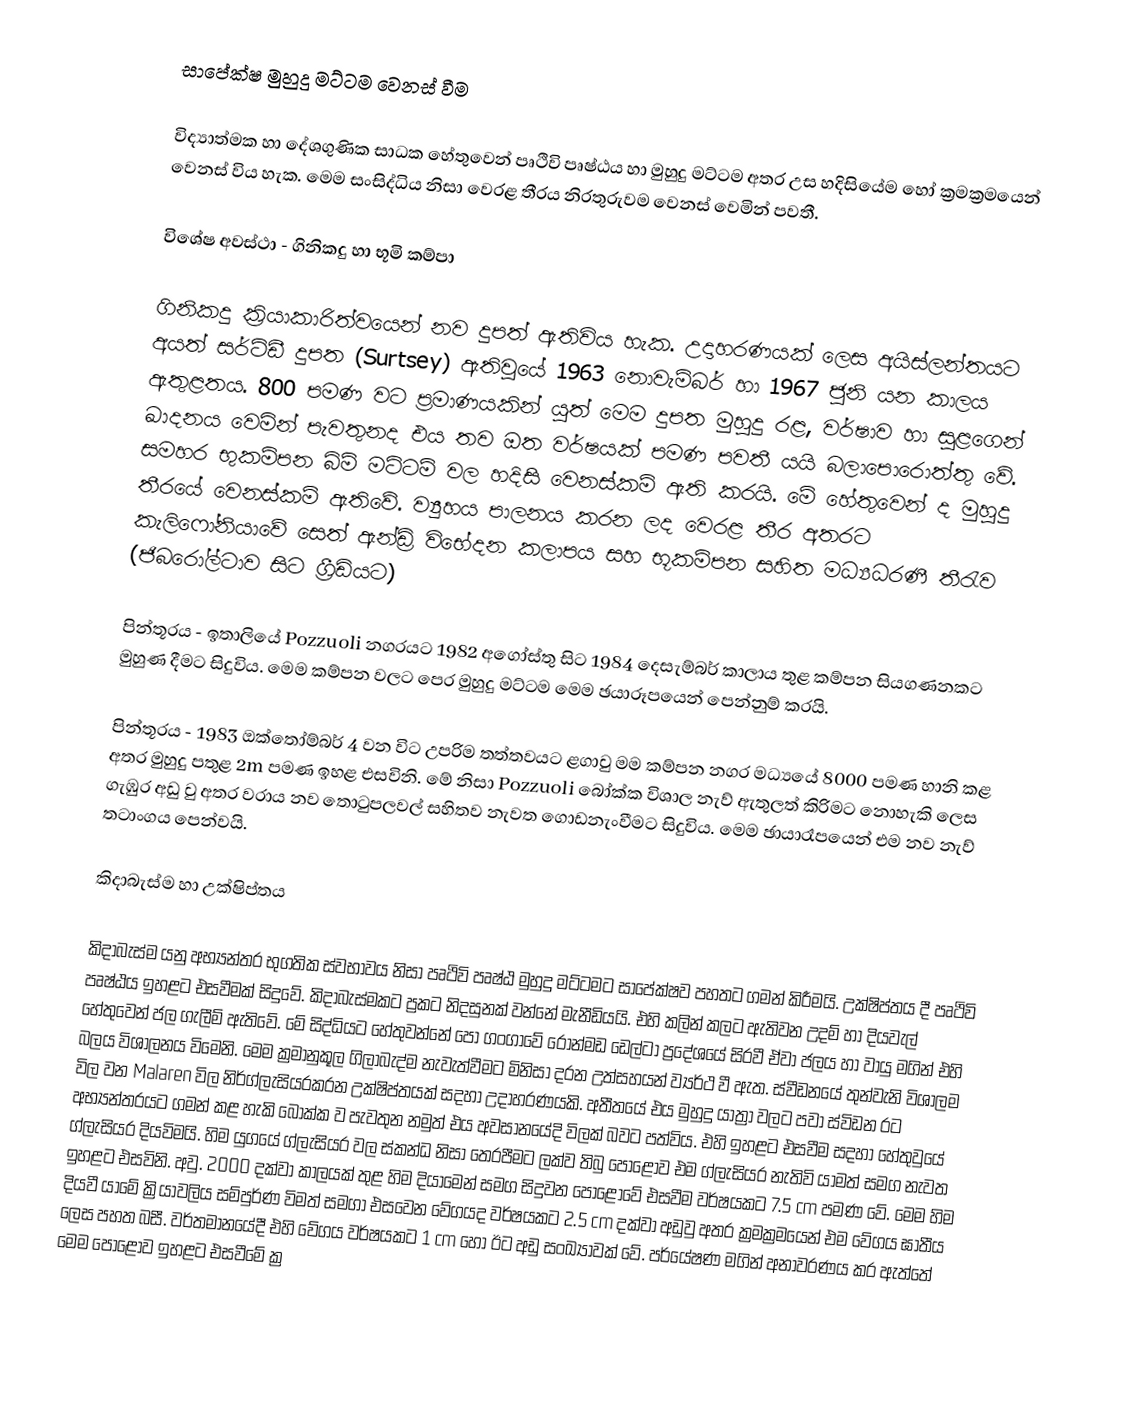
සාපේක්ෂ මුහුදු මට්ටම වෙනස් වීම

විද්‍යාත්මක හා දේශගුණික සාධක හේතුවෙන් පෘථිවි පෘෂ්ඨය හා මුහුදු මට්ටම අතර උස හදිසියේම හෝ ක්‍රමක්‍රමයෙන් වෙනස් විය හැක. මෙම සංසිද්ධිය නිසා වෙරළ තීරය නිරතුරුවම වෙනස් වෙමින් පවතී.

විශේෂ අවස්ථා - ගිනිකදු හා භූමි කම්පා

ගිනිකදු ක්‍රියාකාරිත්වයෙන් නව දුපත් ඇතිවිය හැක. උදාහරණයක් ලෙස අයිස්ලන්තයට අයත් සර්ට්ඩී දුපත (Surtsey) ඇතිවුයේ 1963 නොවැම්බර් හා 1967 ජුනි යන කාලය ඇතුළතය. 800 පමණ වට ප්‍රමාණයකින් යුත් මෙම දුපත මුහුදු රළ, වර්ෂාව හා සුළගෙන් ඛාදනය වෙමින් පැවතුනද එය තව ඔත වර්ෂයක් පමණ පවතී යයි බලාපොරොත්තු වේ. සමහර භුකම්පන බිම් මට්ටම් වල හදිසි වෙනස්කම් ඇති කරයි. මේ හේතුවෙන් ද මුහුදු තීරයේ වෙනස්කම් ඇතිවේ. ‍ව්‍යුහය පාලනය කරන ලද වෙරළ තීර අතරට කැලි‍ෆෝනියාවේ සෙත් ඇන්ඩ්‍රි විභේදන කලාපය සහ භූකම්පන සහිත මධ්‍යධරණී තීරැව (ජිබරෝල්ටාව සිට ග්‍රීඩියට)

පින්තූරය - ඉතාලියේ  Pozzuoli නගරයට 1982 අගෝස්තු  සිට 1984 දෙසැම්බර් කාලාය තුළ කම්පන සියගණනකට මුහුණ දීමට සිදුවිය. මෙම කම්පන වලට පෙර මුහුදු මට්ටම මෙම ඡයාරූපයෙන් පෙන්නුම් කරයි.

පින්තූරය - 1983 ඔක්තෝම්බර් 4 වන විට උපරිම තත්තවයට ළගාවු මම කම්පන නගර මධ්‍යයේ 8000 පමණ හානි කළ අතර මුහුදු පතුළ 2m පමණ ඉහළ එසවිනි. මේ නිසා Pozzuoli බෝක්ක විශාල නැව් ඇතුලත් කිරිමට නොහැකි ලෙස ගැඹුර අඩු වු අතර වරාය නව තොටුපලවල් සහිතව නැවත ගොඩනැංවීමට සිදුවිය. මෙම ඡායාරෑපයෙන් එම නව නැව් තටාංගය පෙන්වයි.

කිදාබැස්ම හා උක්ෂිප්තය

කිදාබැස්ම යනු අභ්‍යන්තර භුගතික ස්වභාවය නිසා පෘථිවි පෘෂ්ඨ මුහුදු මට්ටමට සාපේක්ෂව පහතට ගමන් කිරීමයි. උක්ෂිප්තය දී පෘථිවි පෘෂ්ඨය ඉහළට එසවීමක් සිදුවේ. කිදාබැස්මකට ප්‍රකට නිදසුනක් වන්නේ මැනීඩියයි. එහි කලින් කලට ඇතිවන උදම් හා දියවැල් හේතුවෙන් ජල ගැලීම් ඇතිවේ. මේ සිද්ධියට හේතුවන්නේ පෝ ගංගාවේ රොන්මඩ ඩෙල්ටා ප්‍රදේශයේ සිරවී ඒවා ජලය හා වායු මගින් එහි බලය විශාලනය විමෙනි. මෙම ක්‍රමානුකූල ගිලාබැද්ම නැවැත්වීමට මිනිසා දරන උත්සහයන් ව්‍යර්ථ වී ඇත. ස්වීඩනයේ තුන්වැනි විශාලම විල වන Malaren විල නිර්ග්ලැසියරකරන උක්ෂිප්තයක් සදහා උදාහරණයකි. අතීතයේ එය මුහුදු යාත්‍රා වලට පවා ස්විඩන රට අභ්‍යන්තරයට ගමන් කළ හැකි බොක්ක ව පැවතුන නමුත් එය අවසානයේදි විලක් බවට පත්විය. එහි ඉහළට එසවීම සදහා හේතුවුයේ ග්ලැසියර දියවිමයි. හිම යුගයේ ග්ලැසියර වල ස්කන්ධ නිසා තෙරපීමට ලක්ව තිබු පොළොව එම ග්ලැසියර නැතිවි යාමත් සමග නැවත ඉහළට එසවිනි. අවු. 2000 දක්වා කාලයක් තුළ  හිම දියාමෙන් සමග සිදුවන පොළොවේ එසවීම වර්ෂයකට 7.5 cm පමණ වේ. මෙම හිම දියවී යාමේ ක්‍රියාවලිය සම්පුර්ණ විමත් සමගා එසවෙන වේගයද වර්ෂයකට 2.5 cm දක්වා අඩුවු අතර ක්‍රමක්‍රමයෙන් එම වේගය ඝාතීය ලෙස පහත බසී. වර්තමානයේදී එහි ‍වේගය වර්ෂයකට 1 cm හෝ ඊට අඩු සංඛ්‍යාවක් වේ. පර්යේෂණ මගින් අනාවරණය කර ඇත්තේ මෙම පොළොව ඉහළට එසවීමේ ක්‍ර